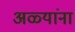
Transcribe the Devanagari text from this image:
अळ्यांना